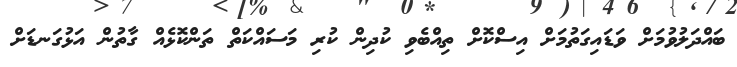
ބައްދަލުވުމަށް ވަޑައިގަތުމަށް އިސްކޮށް ތިއްބެވި ކުދިން ކުރި މަސައްކަތް ތަންކޮޅެއް ގާތުން އަޅުގަނޑަށް